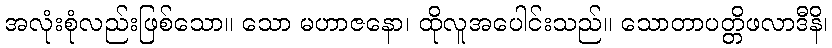
အလုံးစုံလည်းဖြစ်သော။ သော မဟာဇနော၊ ထိုလူအပေါင်းသည်။ သောတာပတ္တိဖလာဒီနိ၊